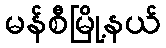
မန်စီမြို့နယ်